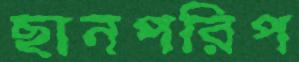
ছানপরিপ